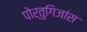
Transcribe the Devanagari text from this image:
पोर्तुगिजांस